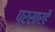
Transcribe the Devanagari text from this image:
प्रसारहै